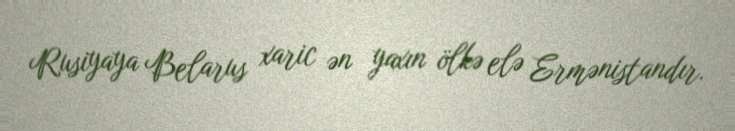
Rusiyaya Belarus xaric ən yaxın ölkə elə Ermənistandır.